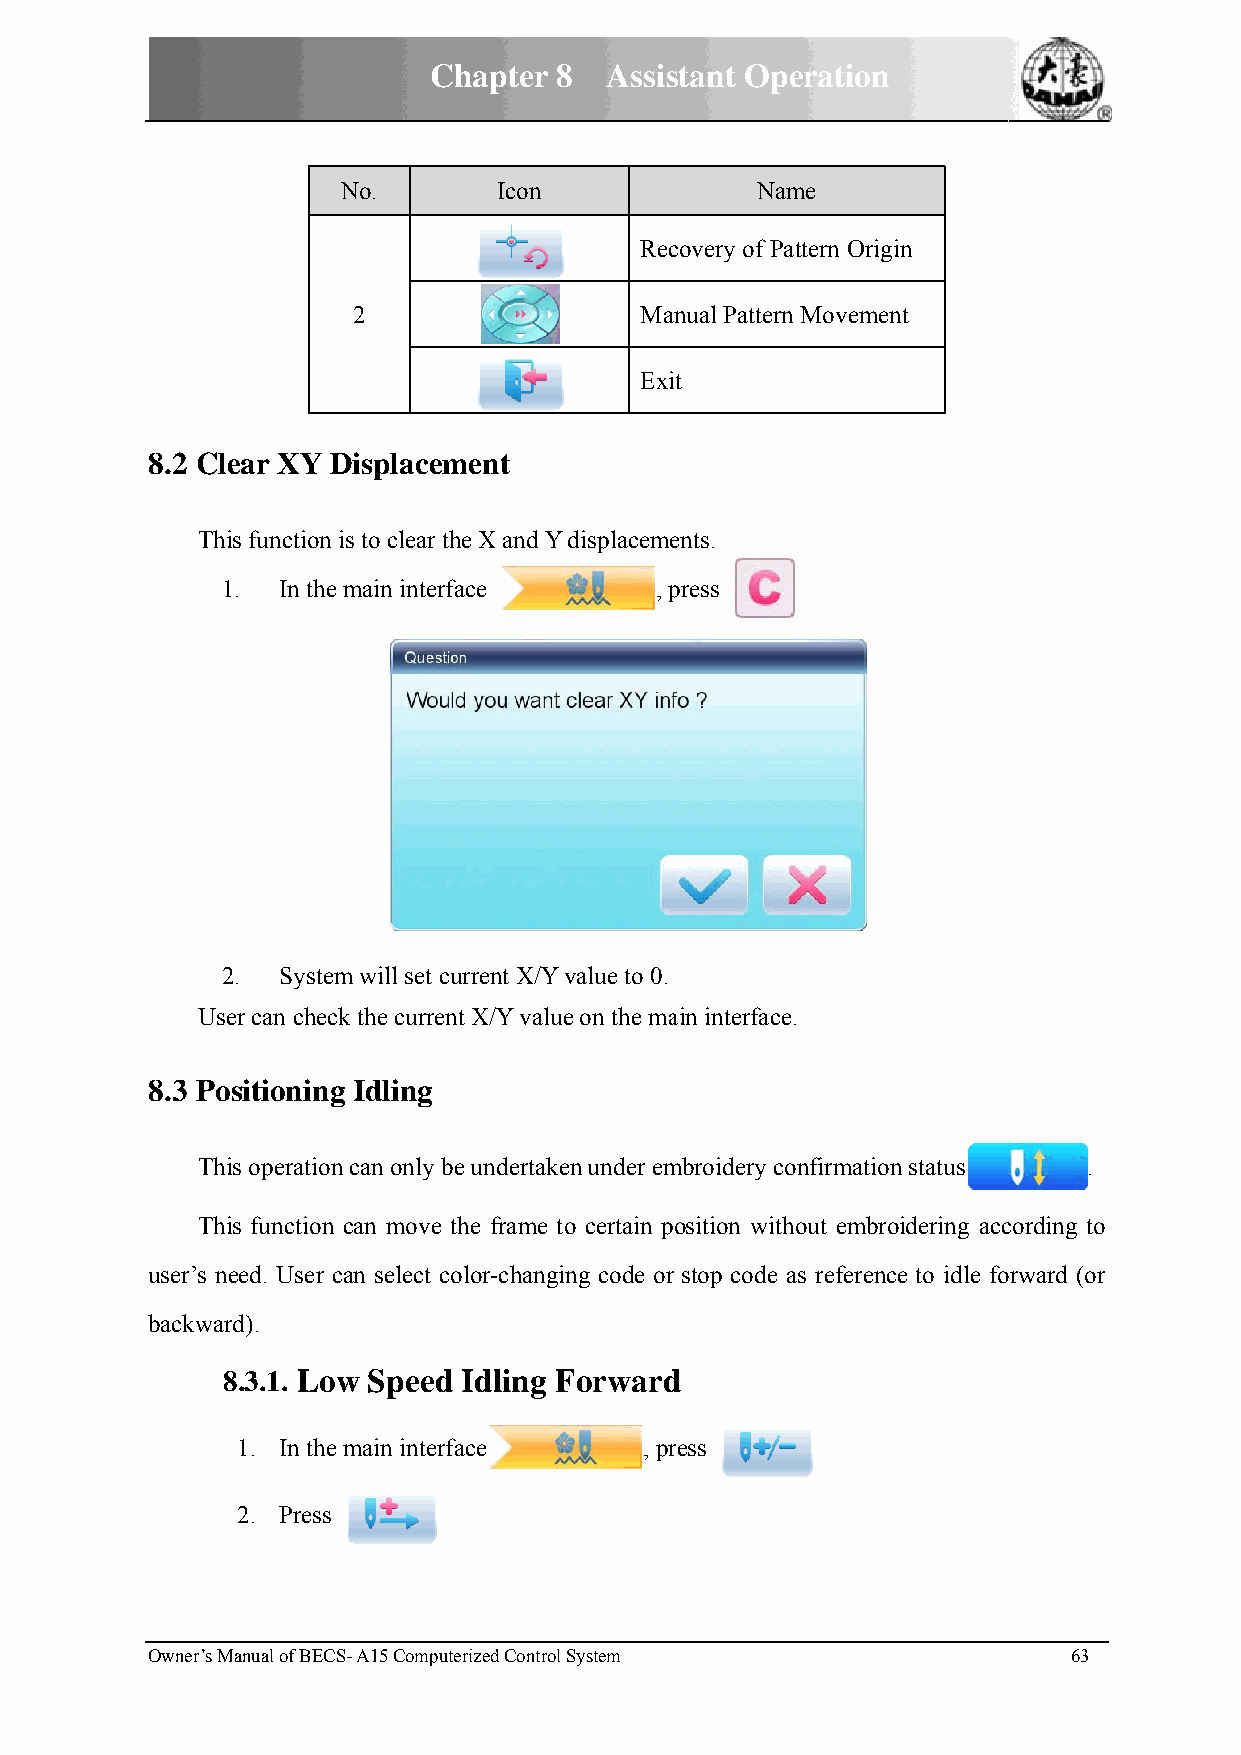
CChapter 88 Assisstant Opperation
 No.       Icon             Naame
 Reccovery of Paattern Origiin
 2                  Maanual Patternn Movemennt
 Exiit
 8.2 Cllear XY DDisplacemment
 Thhis function is to clear tthe X and YY displacemeents.
 1. In thee main interfface  , ppress
 22. Systemm will set ccurrent X/Y value to 0.
 Usser can checck the currennt X/Y valuue on the maain interfacee.
 8.3 Poositioningg Idling
 Thhis operationn can only bbe undertakeen under emmbroidery confirmationn status .
 Thhis function can move the frame tto certain pposition withhout embrooidering acccording to
 user’s nneed. User ccan select ccolor-changiing code orr stop code as reference to idle foorward (or
 backwaard).
 88.3.1. Loww Speedd Idling FForwardd
 1. In thee main interfface , prress
 2. Press
 Owner’s MManual of BECS- A15 Computerized Controll System    63